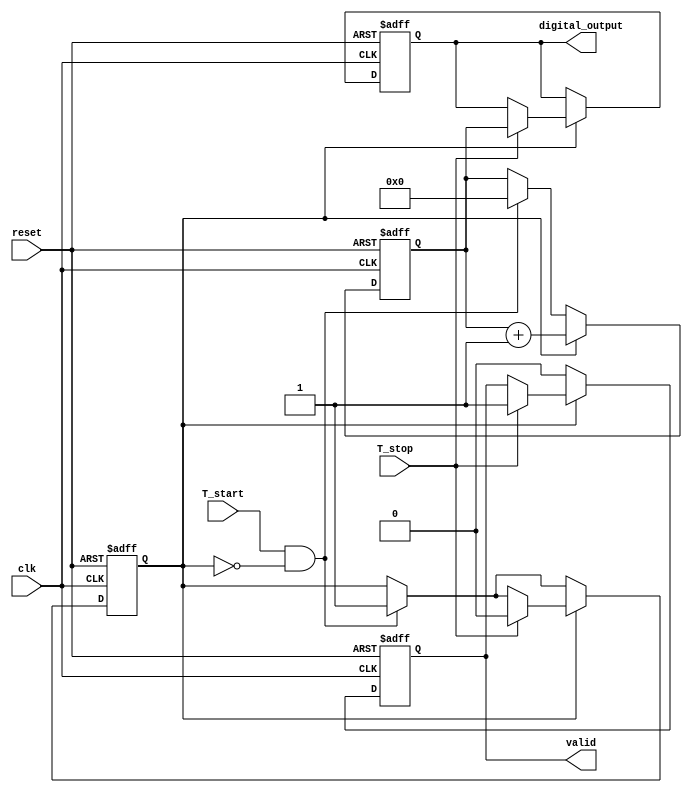
module tdc (
    input wire clk,            // System clock
    input wire reset,          // System reset
    input wire T_start,        // Start signal
    input wire T_stop,         // Stop signal
    output reg [15:0] digital_output, // Digital output (16-bit)
    output reg valid           // Output valid signal
);

    reg [15:0] voltage_level;    // Simulated voltage level
    reg charging;                 // Charging state
    reg [15:0] charge_rate;       // Charge rate (resolution)
    reg [31:0] timer;             // Timer to simulate time

    // Initialize parameters
    initial begin
        charge_rate = 1;         // Charging rate (1 unit per clock cycle)
        voltage_level = 0;
        charging = 0;
        digital_output = 0;
        valid = 0;
    end

    // Main control logic
    always @(posedge clk or posedge reset) begin
        if (reset) begin
            // Reset all states
            voltage_level <= 0;
            charging <= 0;
            digital_output <= 0;
            valid <= 0;
            timer <= 0;
        end else begin
            // Start signal detection
            if (T_start && !charging) begin
                charging <= 1;        // Start charging
                voltage_level <= 0;   // Reset voltage level
                timer <= 0;           // Reset timer
            end

            // Charging process
            if (charging) begin
                voltage_level <= voltage_level + charge_rate; // Charge voltage
                timer <= timer + 1; // Increment timer

                // Stop signal detection
                if (T_stop) begin
                    charging <= 0; // Stop charging
                    // Here we would convert voltage to digital
                    // For simplicity, assume voltage level directly represents time
                    digital_output <= voltage_level; // Assign voltage to output
                    valid <= 1; // Set valid signal
                end
            end else begin
                // If not charging and valid output is set, reset valid
                if (valid) begin
                    valid <= 0; // Clear valid signal after reading
                end
            end
        end
    end

endmodule